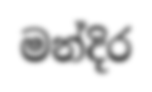
මන්දිර